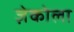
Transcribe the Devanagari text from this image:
ज़ेकोला